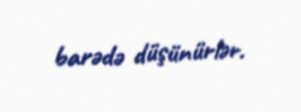
barədə düşünürlər.